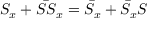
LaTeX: S _ { x } + \bar { S S } _ { x } = \bar { S } _ { x } + \bar { S } _ { x } S